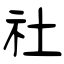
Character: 社